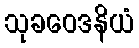
သုခဝေဒနိယံ